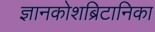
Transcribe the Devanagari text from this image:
ज्ञानकोशब्रिटानिका